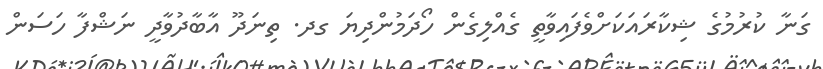
ގަނާ ކުރުމުގެ ޝިކާރައަކަށްވެފައިވާތީ ގެއްލިގެން ހޯދަމުންދިޔަ ގދ. ތިނަދޫ އާބާދުވާދީ ނަޝްފާ ހަސަން